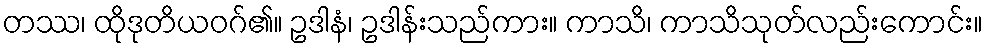
တဿ၊ ထိုဒုတိယဝဂ်၏။ ဥဒါနံ၊ ဥဒါန်းသည်ကား။ ကာသိ၊ ကာသိသုတ်လည်းကောင်း။